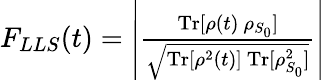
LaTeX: \begin{array}{r}{F_{LLS}(t)=\left\vert\frac{\mathrm{Tr}[\rho(t)~\rho_{S_{0}}]}{\sqrt{\mathrm{Tr}[\rho^{2}(t)]~\mathrm{Tr}[\rho_{S_{0}}^{2}]}}\right\vert}\end{array}